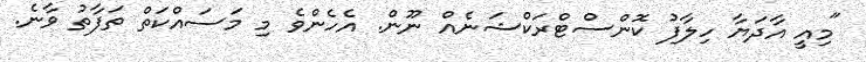
"މިއީ އާދަޔާ ހިލާފު ކޮންސްޓްރަކްޝަނެއް ނޫން. އެހެންވެ މި މަސައްކަތް ތަފާތު ވާނެ.